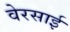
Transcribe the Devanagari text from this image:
वेरसाई